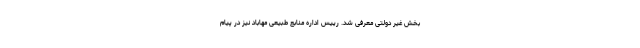
بخش غیر دولتی معرفی شد. رییس اداره منابع طبیعی مهاباد نیز در پیام